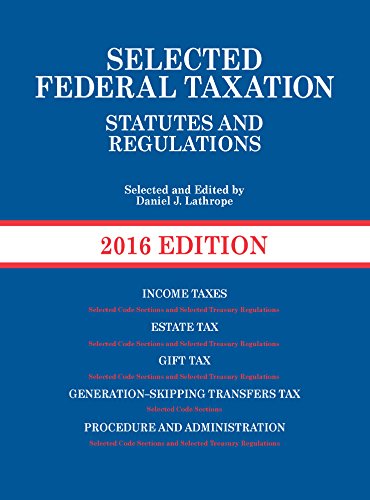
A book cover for Selected Federal Taxation Statutes and Regulations (Selected Statutes); Daniel Lathrope; Law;